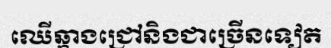
ឈើឆ្កាងជ្រៅនិងជាច្រើនទៀត